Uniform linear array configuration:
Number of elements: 64
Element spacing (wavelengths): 0.25
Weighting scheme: cosine
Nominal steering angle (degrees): -15
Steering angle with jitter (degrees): -15.348
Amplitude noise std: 0.05
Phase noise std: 0.05

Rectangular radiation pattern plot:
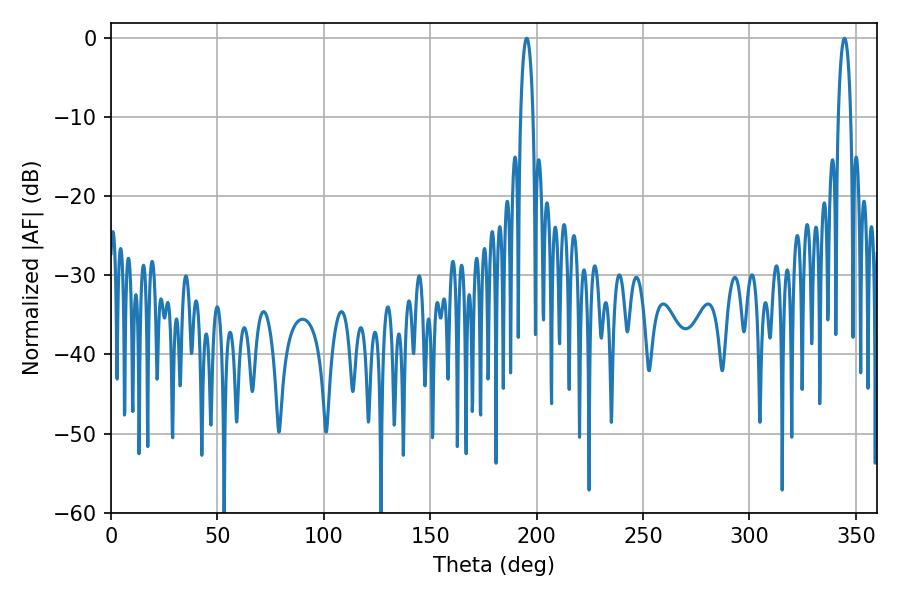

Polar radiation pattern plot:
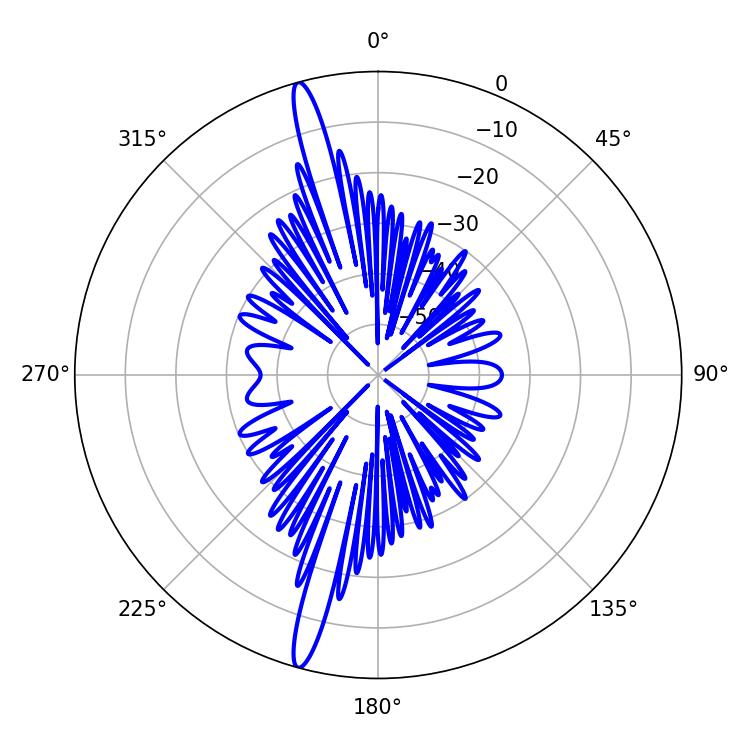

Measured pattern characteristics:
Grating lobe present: FALSE
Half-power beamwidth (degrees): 3.24
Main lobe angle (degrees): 195.3